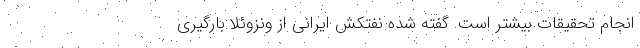
انجام تحقیقات بیشتر است. گفته شده نفتکش ایرانی از ونزوئلا بارگیری